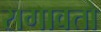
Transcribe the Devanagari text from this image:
रागावतो